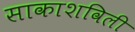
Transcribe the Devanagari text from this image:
साकाशविली